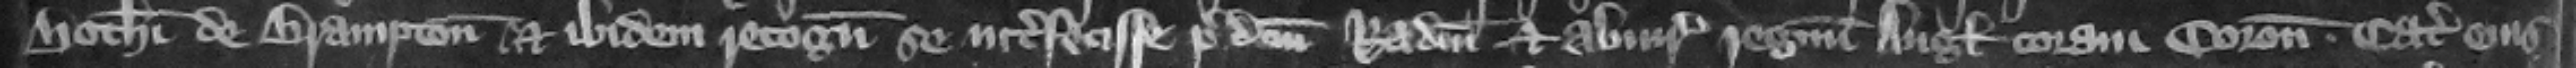
Botholphi de Brampton et ibidem recognouit se interfecisse predictum Radulphum et abiurauit regnum Anglie coram coronatore. Catalla eius